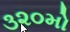
૩૨૦મો